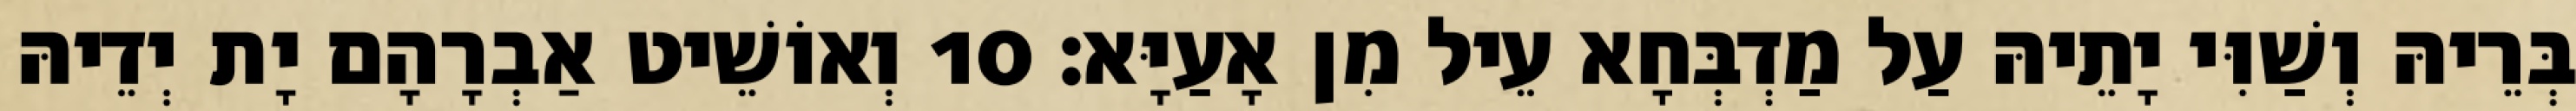
בְּרֵיהּ וְשַׁוִּי יָתֵיהּ עַל מַדְבְּחָא עֵיל מִן אָעַיָּא׃ 10 וְאוֹשֵׁיט אַבְרָהָם יָת יְדֵיהּ